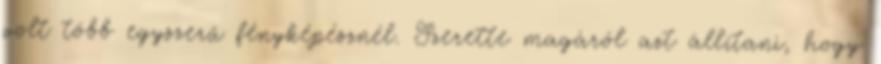
volt több egyszerű fényképésznél. Szerette magáról azt állítani, hogy